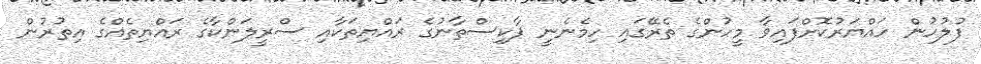
ފުލުހުން ހައްޔަރުކޮށްފައިވާ މީހުންގެ ތެރޭގައި ހިމެނެނީ ޕާކިސްތާނުގެ ރައްޔިތަކާއި ސްރީލަންކާގެ ރައްޔިތެއްގެ އިތުރުން